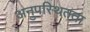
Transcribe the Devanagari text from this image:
अनुपस्थितता